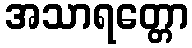
အသာရတ္တော